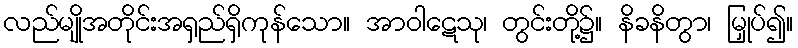
လည်မျိုအတိုင်းအရှည်ရှိကုန်သော။ အာဝါဋေသု၊ တွင်းတို့၌။ နိခနိတွာ၊ မြှုပ်၍။